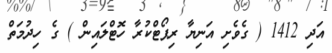
އަދި 1412 ( ގެވެށި އަނިޔާ ރިޕޯޓްކުރާ ހޮޓްލައިން ) ގެ ހިދުމަތް